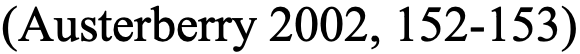
(Austerberry 2002, 152-153)